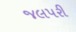
જલપરી